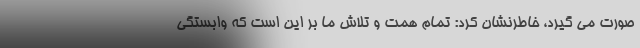
صورت می گیرد، خاطرنشان کرد: تمام همت و تلاش ما بر این است که وابستگی